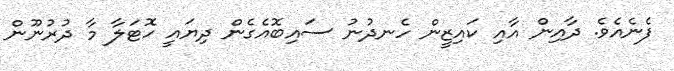
ފެނެއެވެ. ދާއިން އާއި ކައިޒީން ހެނދުނު ސައިބޮއެގެން ދިޔައީ ހޮޓަލާ މާ ދުރުނޫން